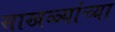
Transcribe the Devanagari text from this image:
साखळ्यांच्या